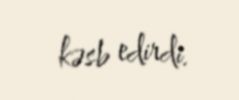
kəsb edirdi.